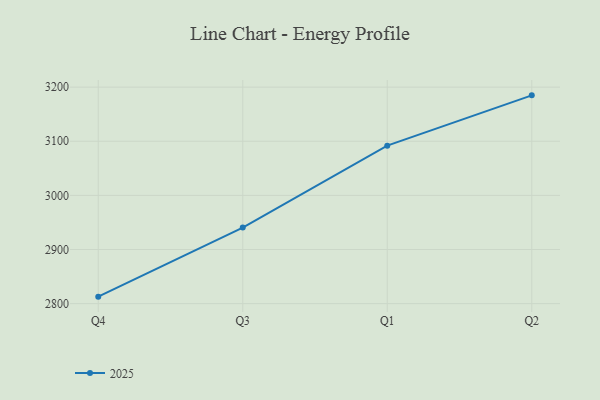
{"axis": {"x": "Quarter", "y": "Production Output"}, "legend": ["2025"], "data": [{"x": "Q4", "y": 2812.9, "type": "2025"}, {"x": "Q3", "y": 2940.6, "type": "2025"}, {"x": "Q1", "y": 3091.9, "type": "2025"}, {"x": "Q2", "y": 3184.8, "type": "2025"}]}